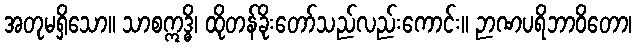
အတုမရှိသော။ သာစဣဒ္ဓိ၊ ထိုတန်ခိုးတော်သည်လည်းကောင်း။ ဉာဏပရိဘာဝိတော၊